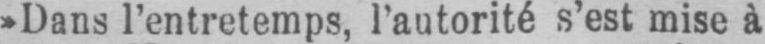
»Dans l’entretemps, l’autorité s’est mise à